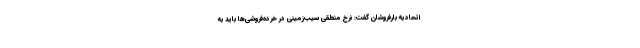
اتحادیه بارفروشان گفت: نرخ منطقی سیب‌زمینی در خرده‌فروشی‌ها باید به